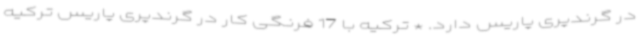
در گرندپری پاریس دارد. * ترکیه با 17 فرنگی کار در گرندپری پاریس ترکیه